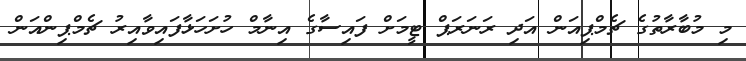
މި މުބާރާތުގެ ޗެމްޕިއަން އަދި ރަނަރަޕް ޓީމަށް ފައިސާގެ އިނާމް ހުށަހަޅާފައިވާއިރު ޗެމްޕިންއަން